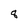
Character: 8